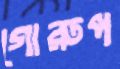
গোরুপ